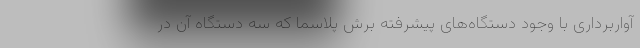
آواربرداری با وجود دستگاه‌های پیشرفته برش پلاسما که سه دستگاه آن در